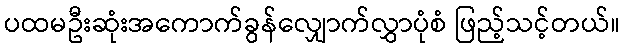
ပထမဦးဆုံးအကောက်ခွန်လျှောက်လွှာပုံစံ ဖြည့်သင့်တယ်။